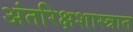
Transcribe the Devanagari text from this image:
अंतरिक्षशास्त्रात